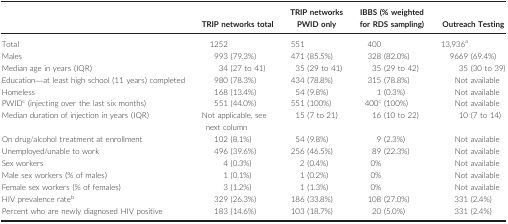
|  | TRIP networks total | TRIP networks PWID only | IBBS (% weighted for RDS sampling) | Outreach Testing |
 | --- | --- | --- | --- | --- |
 | Total | 1252 | 551 | 400 | 13,936a |
 | Males | 993 (79.3%) | 471 (85.5%) | 328 (82.0%) | 9669 (69.4%) |
 | Median age in years (IQR) | 34 (27 to 41) | 35 (29 to 41) | 35 (29 to 42) | 35 (30 to 39) |
 | Education—at least high school (11 years) completed | 980 (78.3%) | 434 (78.8%) | 315 (78.8%) | Not available |
 | Homeless | 168 (13.4%) | 54 (9.8%) | 1 (0.3%) | Not available |
 | PWIDc (injecting over the last six months) | 551 (44.0%) | 551 (100%) | 400c (100%) | Not available |
 | Median duration of injection in years (IQR) | Not applicable, see next column | 15 (7 to 21) | 16 (10 to 22) | 10 (7 to 14) |
 | On drug/alcohol treatment at enrollment | 102 (8.1%) | 54 (9.8%) | 9 (2.3%) | Not available |
 | Unemployed/unable to work | 496 (39.6%) | 256 (46.5%) | 89 (22.3%) | Not available |
 | Sex workers | 4 (0.3%) | 2 (0.4%) | 0% | Not available |
 | Male sex workers (% of males) | 1 (0.1%) | 1 (0.2%) | 0% | Not available |
 | Female sex workers (% of females) | 3 (1.2%) | 1 (1.3%) | 0% | Not available |
 | HIV prevalence rateb | 329 (26.3%) | 186 (33.8%) | 108 (27.0%) | 331 (2.4%) |
 | Percent who are newly diagnosed HIV positive | 183 (14.6%) | 103 (18.7%) | 20 (5.0%) | 331 (2.4%) |